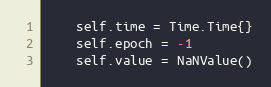
Language: Go
	self.time = Time.Time{}
	self.epoch = -1
	self.value = NaNValue()